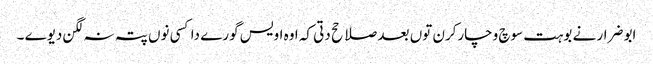
ابو ضرار نے بوہت سوچ وچارکرن توں بعد صلاحح دتی کہ اوہ اویس گورے دا کسی نوں پتہ نہ لگن دیوے ۔